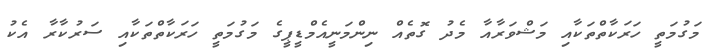
މަގުމަތީ ހަރަކާތްތަކާއި މަޝްވަރާއާ މެދު ގޮތެއް ނިންމަނީއެމްޑީޕީގެ މަގުމަތީ ހަރަކާތްތަކާއި ސަރުކާރާ އެކު